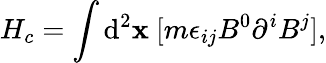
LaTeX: H_{c}=\int\mathrm{d}^{2}\mathbf{x}~[m\epsilon_{ij}B^{0}\partial^{i}B^{j}],